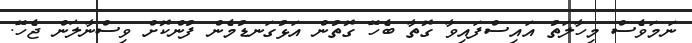
ނަމަވެސް މިހާލަތު އައިސްފައިވާ ގޮތާ ބެހޭ ގޮތުން އަޅުގަނޑުމެން ފުންކޮށް ވިސްނާލަން ޖެހޭ.